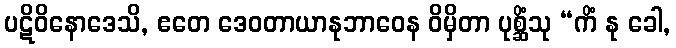
ပဋိဝိနောဒေသိ, ဧတေ ဒေဝတာယာနုဘာဝေန ဝိမှိတာ ပုစ္ဆိံသု “ကိံ နု ခေါ,